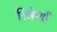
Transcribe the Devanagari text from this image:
रिनेशाँ